Sketch of the medical history of the native army of Bombay, for the year
Year: 1872
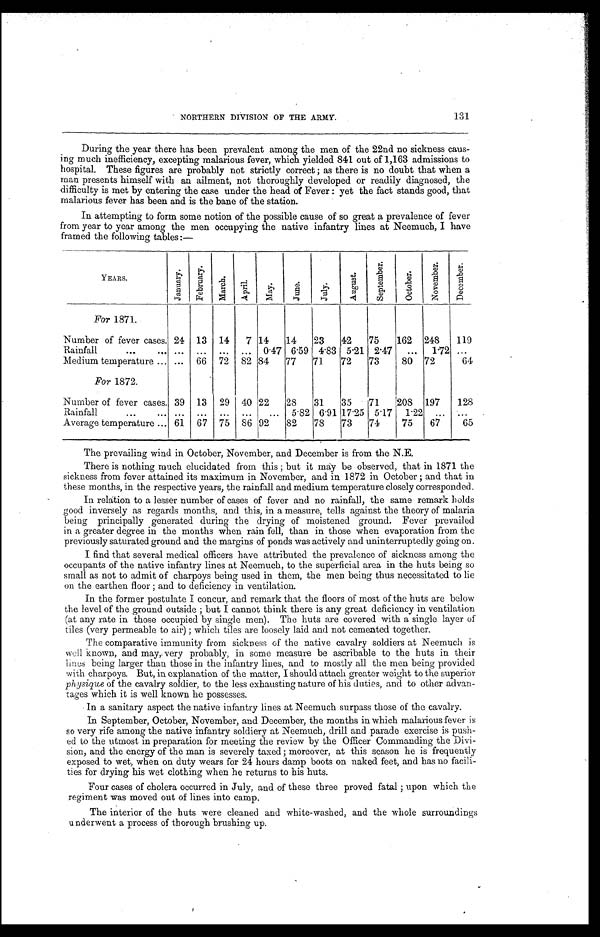
NORTHERN DIVISION OF THE ARMY. 131
During the year there has been prevalent among the men of the 22nd no sickness caus
-
ing much inefficiency, excepting malarious fever, which yielded 841 out of 1,163 admissions to
hospital. These figures are probably not strictly correct ; as there is no doubt that when a
man presents himself with an ailment, not thoroughly developed or readily diagnosed, the
difficulty is met by entering the case under the head of Fever : yet the fact stands good, that
malarious fever has been and is the bane of the station.
In attempting to form some notion of the possible cause of so great a prevalence of fever
from year to year among the men occupying the native infantry lines at Neemuch, I have
framed the following tables:—
YEARS.
J a u n a r y .
F e b r u a r y .
M a r c h .
Ap r i l .
M a y .
J u n e .
J u l y .
A u g u s t .
S e p t e m b e r .
O c t o b e r .
N o v e m b e r .
D e c e m b e r .
For 1871.
Number of fever cases. 24
13
14
7 14
14
23
42
75
162
248
119
Rainfall . . . . . .
. . .
. . .
. . .
0.47 6.59 4.83 5.21 2.47
. . .
1.72 . . .
Medium temperature . . . . . .
66
72
82 84
77
71
72
73
80
72
64
For 1872.
Number of fever cases. 39
13
29
40 22
28
31
35
71
208
197
128
Rainfall . . . . . .
. . .
. . .
. . .
. . .
5.82 6.91 17.25 5.17
1.22
. . .
. . .
Average temperature . . . 61
67
75
86 92
82
78
73
74
75
67
65
The prevailing wind in October, November, and December is from the N.E.
There is nothing much elucidated from this ; but it may be observed, that in 1871 the
sickness from fever attained its maximum in November, and in 1872 in October ; and that in
these months, in the respective years, the rainfall and medium temperature closely corresponded.
In relation to a lesser number of cases of fever and no rainfall, the same remark holds
good inversely as regards months, and this, in a measure, tells against the theory of malaria
being principally generated during the drying of moistened ground. Fever prevailed
in a greater degree in the months when rain fell, than in those when evaporation from the
previously saturated ground and the margins of ponds was actively and uninterruptedly going on.
I find that several medical officers have attributed the prevalence of sickness among the
occupants of the native infantry lines at Neemuch, to the superficial area in the huts being so
small as not to admit of charpoys being used in them, the men being thus necessitated to lie
on the earthen floor ; and to deficiency in ventilation.
In the former postulate I concur, and remark that the floors of most of the huts are below
the level of the ground outside ; but I cannot think there is any great deficiency in ventilation
(at any rate in those occupied by single men). The huts are covered with a single layer of
tiles (very permeable to air) ; which tiles are loosely laid and not cemented together.
The comparative immunity from sickness of the native cavalry soldiers at Neemuch is
woll known, and may, very probably, in some measure be ascribable to the huts in their
lines being larger than those in the infantry lines, and to mostly all the men being provided
with charpoys. But, in explanation of the matter, I should attach greater weight to the superior
physique of the cavalry soldier, to the less exhausting nature of his duties, and to other advan
-
tages which it is well known he possesses.
In a sanitary aspect the native infantry lines at Neemuch surpass those of the cavalry.
In September, October, November, and December, the months in which malarious fever is
so very rife among the native infantry soldiery at Neemuch, drill and parade exercise is push
-
ed to the utmost in preparation for meeting the review by the Officer Commanding the Divi
-
sion, and the energy of the man is severely taxed ; moreover, at this season he is frequently
exposed to wet, when on duty wears for 24 hours damp boots on naked feet, and has no facili
-
ties for drying his wet clothing when he returns to his huts.
Four cases of cholera occurred in July, and of these three proved fatal ; upon which the
regiment was moved out of lines into camp.
The interior of the huts were cleaned and white-washed, and the whole surroundings
underwent a process of thorough brushing up.